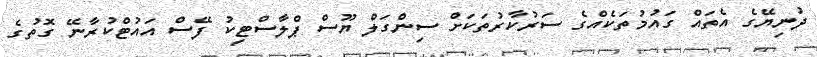
ދުނިޔޭގެ އެތައް ގައުމުތަކެއްގެ ސަރުކާރުތަކަށް ސިންގަލް ޔޫސް ޕްލާސްޓިކު ފޭސް އައުޓްކުރާނޭ ގޮތުގެ